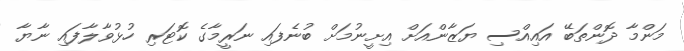
މަންމާ ދޮންތަބޭ އައިއްސި ޔަޒާންއަށް އިށީނުމަށް ބުނެފައި ނަރީމާގެ ކޮޓަރި ހުޅުވާލާފައި ނާޔާ